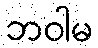
ဘဝါမ